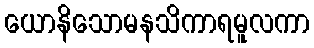
ယောနိသောမနသိကာရမူလကာ